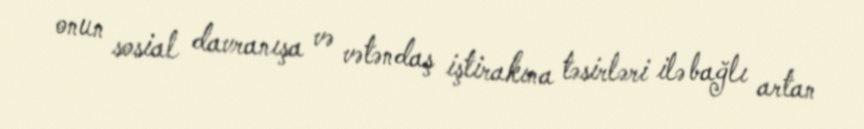
onun sosial davranışa və vətəndaş iştirakına təsirləri ilə bağlı artan